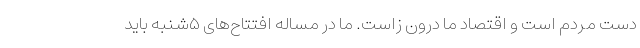
دست مردم است و اقتصاد ما درون زاست. ما در مساله افتتاح‌های ۵شنبه باید